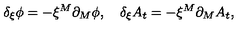
\delta _ { \xi } \phi = - \xi ^ { M } \partial _ { M } \phi , \quad \delta _ { \xi } A _ { t } = - \xi ^ { M } \partial _ { M } A _ { t } ,